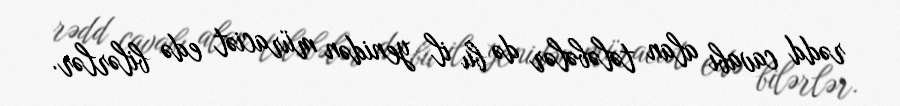
rədd cavabı alan tələbələr də bu il yenidən müraciət edə bilərlər.